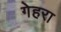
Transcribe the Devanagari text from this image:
गेहरा